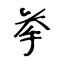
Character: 挙